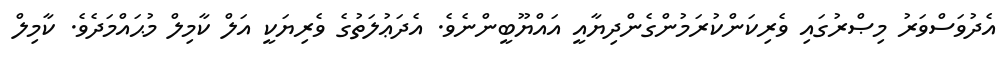
އެދުވަސްވަރު މިޞްރުގައި ވެރިކަންކުރަމުންގެންދިޔާއީ އައްޔޫބީންނެވެ. އެދަޢުލަތުގެ ވެެރިޔަކީ އަލް ކާމިލް މުޙައްމަދެވެ. ކާމިލް